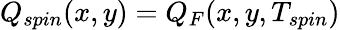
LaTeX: Q_{spin}(x,y)=Q_{F}(x,y,T_{spin})